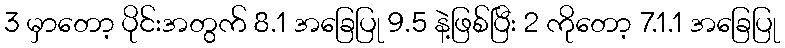
3 မှာတော့ ပိုင်းအတွက် 8.1 အခြေပြု 9.5 နဲ့ဖြစ်ပြီး 2 ကိုတော့ 7.1.1 အခြေပြု